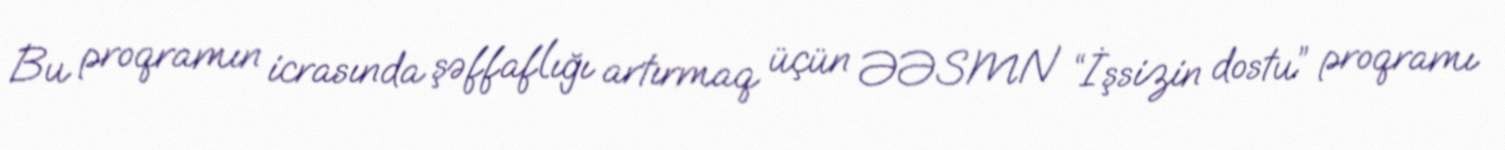
Bu proqramın icrasında şəffaflığı artırmaq üçün ƏƏSMN “İşsizin dostu” proqramı